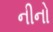
નીનો